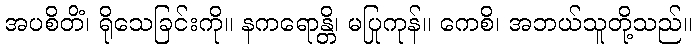
အပစိတိံ၊ ရိုသေခြင်းကို။ နကရောန္တိ၊ မပြုကုန်။ ကေစိ၊ အဘယ်သူတို့သည်။